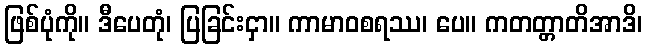
ဖြစ်ပုံကို။ ဒီပေတုံ၊ ပြခြင်းငှာ။ ကာမာဝစရဿ၊ ပေ။ ကတတ္တာတိအာဒိ၊